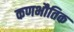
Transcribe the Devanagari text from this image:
कणभौतिक